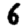
Digit: 6